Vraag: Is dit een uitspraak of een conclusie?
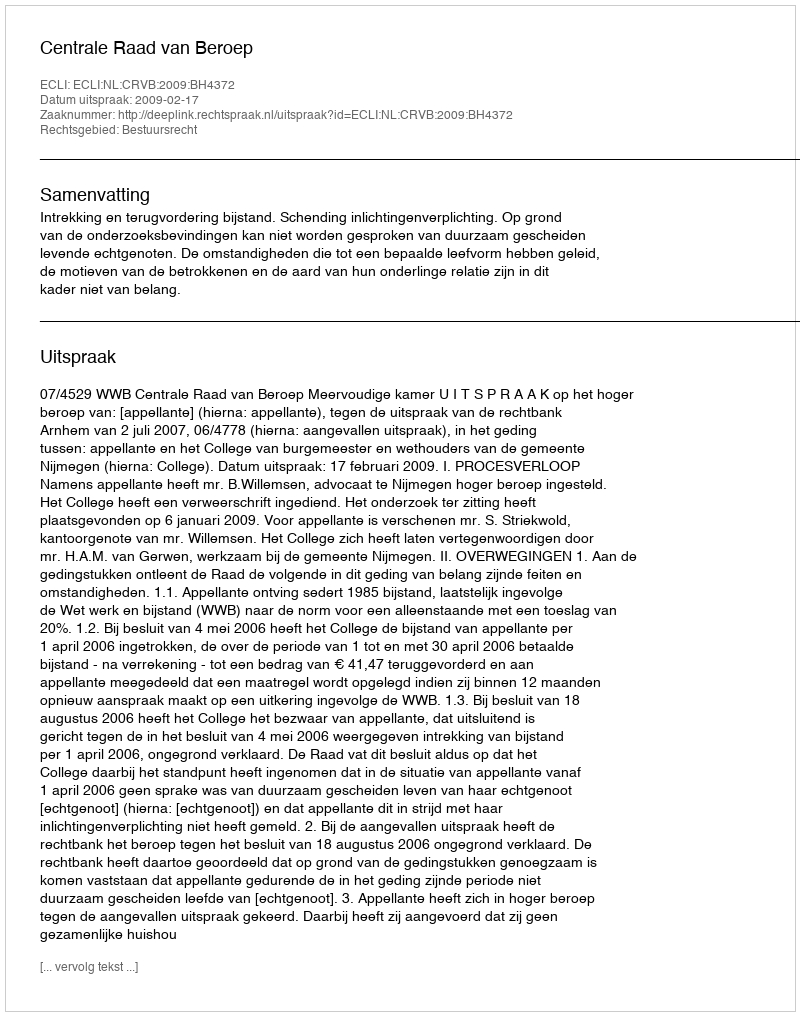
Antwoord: Uitspraak